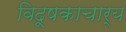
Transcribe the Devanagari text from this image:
विदूषकाचार्य